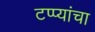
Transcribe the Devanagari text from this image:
टप्प्यांचा